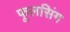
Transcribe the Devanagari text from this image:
फूलसिंग